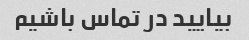
بیایید در تماس باشیم